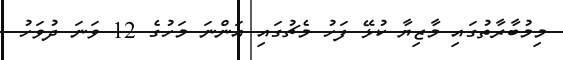
މިމުބާރާތުގައި މާޒިޔާ ކުޅޭ ފަހު މެޗުގައި އަންނަ މަހުގެ 12 ވަނަ ދުވަހު